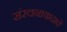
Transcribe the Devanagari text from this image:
संरचनावादाचे